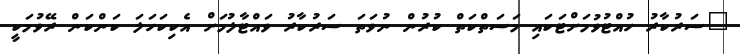
"ސަރުކާރު ހުއްޓުވުމަށްޓަކައި މަސަތްކަތް ކުރުން ނުވަތަ ސަރުކާރު ވައްޓާލުމަށް އެކިކަހަލަ ކަންކަން ރޭވުމަކީ